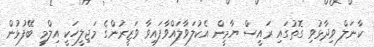
ކާނަލް ވިދާޅުވި ގޮތުގައި ރައީސް ޔާމީން އެކުލަވާލައްވާފައިވާ ވަޒީރުންގެ މަޖިލީހަކީ އިލްމީ ބޭފުޅުން